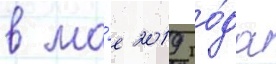
в ма́е 2019 го́да